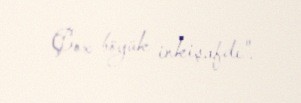
Çox böyük inkişafdı".